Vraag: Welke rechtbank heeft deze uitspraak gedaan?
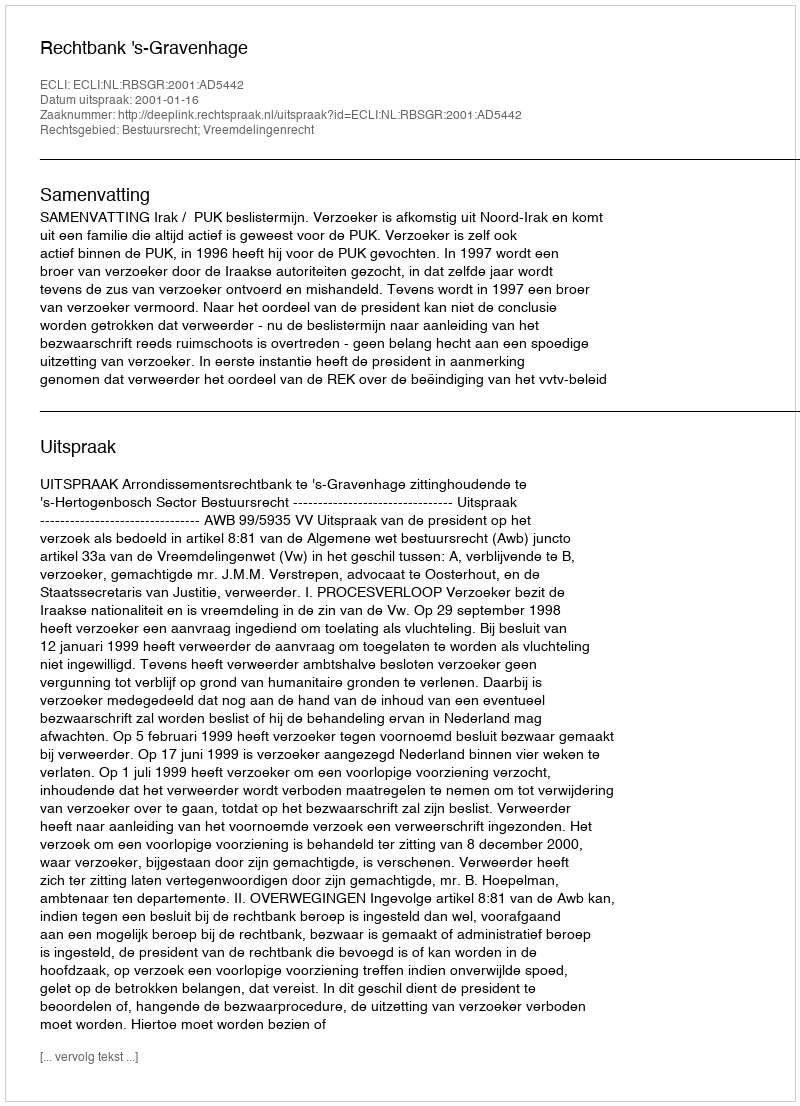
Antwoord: Rechtbank 's-Gravenhage